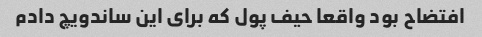
افتضاح بود واقعا حیف پول که برای این ساندویچ دادم